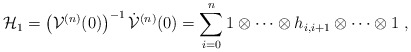
\begin{align*}{\cal H}_{1} =\left({\cal V}^{(n)}(0)\right)^{-1}\dot{\cal V}^{(n)}(0)=\sum^{n}_{i=0} 1 \otimes \cdots\otimes h_{i,i+1} \otimes \cdots \otimes 1~,\end{align*}